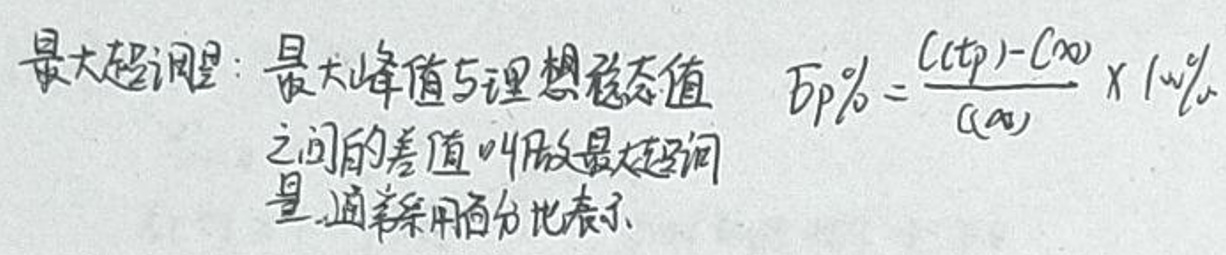
最大超调量：最大峰值与理想稳态值之间的差值称为最大超调量，通常采用百分比表示。

\[ \sigma_p\% = \frac{c(t_p) - c(\infty)}{c(\infty)} \times 100\% \]